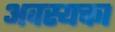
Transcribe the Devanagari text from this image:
अवस्यक्ता